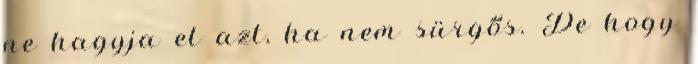
ne hagyja el azt, ha nem sürgős. De hogy